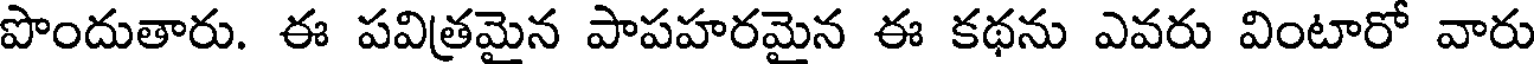
పొందుతారు. ఈ పవిత్రమైన పాపహరమైన ఈ కథను ఎవరు వింటారో వారు